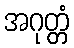
အဂုတ္တံ